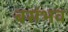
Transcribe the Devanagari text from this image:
बसंभव